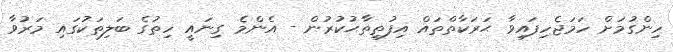
ހިންގުމަށް ހަމަޖެހިފައިވާ ޙަރަކާތްތައް އިފުތިތާޙުކުރުން - އެންމެ ގިނައީ ހިތުގެ ބަލިތަކުގައި މަރުވާ